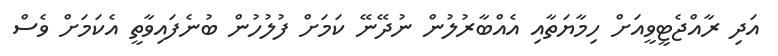
އަދި ރާއްޖެޓީވީއަށް ހިމާޔަތާއި އެއްބާރުލުން ނުދޭނޭ ކަމަށް ފުލުހުން ބުނެފައިވާތީ އެކަމަށް ވެސް